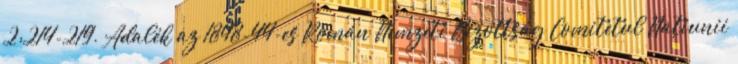
2:214-219. Adalék az 1848-44-es Román Nemzeti Bizottság Comitetul Naţiunii